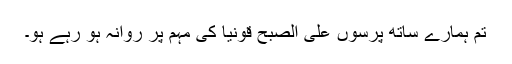
تم ہمارے ساتھ پرسوں علی الصبح قونیا کی مہم پر روانہ ہو رہے ہو۔